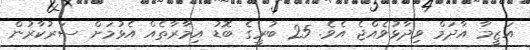
އަޒީމާ އާދަމް ވިދާޅުވެއްޖެ އެވެ. 25 ބުރީގެ ބޮޑު އިމާރާތެއް އެޅުމަށް ސަރުކާރުން